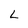
Character: L